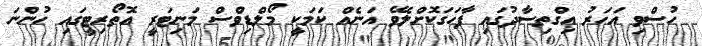
ހުސްވި އަހަރު އިގްތިސާދުގައި ފާހަގަކޮށްލެވޭ އަނެއް ކަމަކީ މޯލްޑިވްސް މަނިޓަރީ އޮތޯރިޓީގައި ހުންނަ